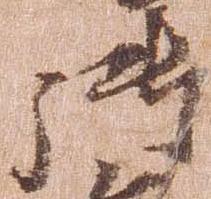
御